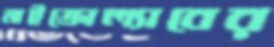
মাইক্রোল্যাবের